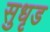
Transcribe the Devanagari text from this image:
सुधृड